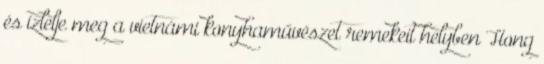
és ízlelje meg a vietnámi konyhaművészet remekeit helyben Hong